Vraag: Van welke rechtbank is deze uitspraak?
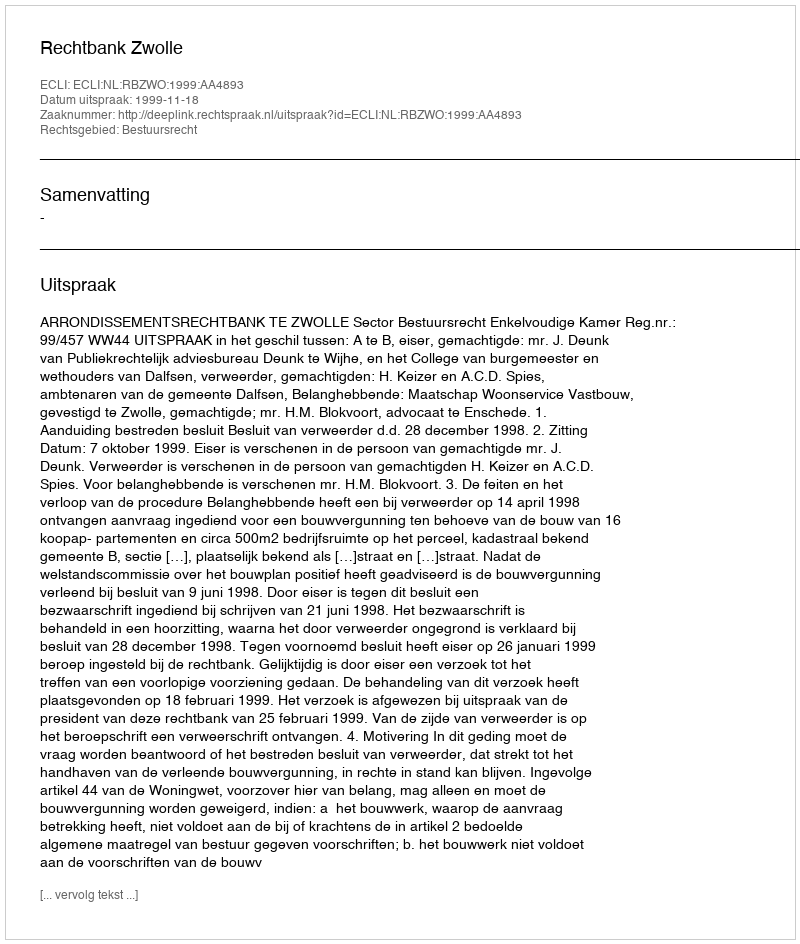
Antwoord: Rechtbank Zwolle